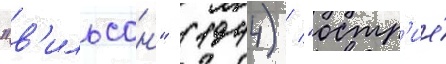
"в'ильсон" (1944) / "остр'ие́